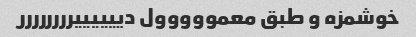
خوشمزه و طبق معمووووول دییییییرررررررر